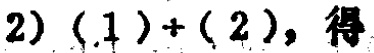
$2)(1)+(2),得$